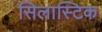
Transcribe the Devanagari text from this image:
सिलास्टिक